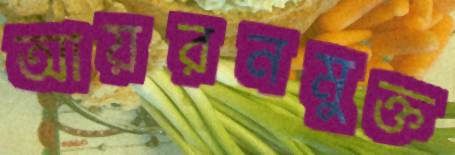
আয়রনমুক্ত